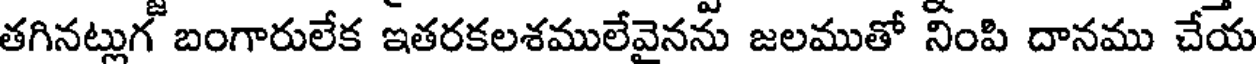
తగినట్లుగ బంగారులేక ఇతరకలశములేవైనను జలముతో నింపి దానము చేయ